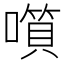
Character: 𡀹